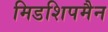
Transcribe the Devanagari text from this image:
मिडशिपमैन